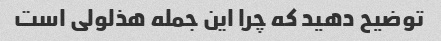
توضیح دهید که چرا این جمله هذلولی است